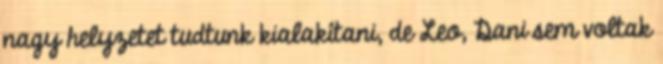
nagy helyzetet tudtunk kialakítani, de Leo, Dani sem voltak